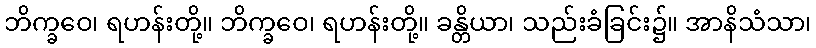
ဘိက္ခဝေ၊ ရဟန်းတို့။ ဘိက္ခဝေ၊ ရဟန်းတို့။ ခန္တိယာ၊ သည်းခံခြင်း၌။ အာနိသံသာ၊